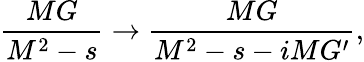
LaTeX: \frac{MG}{M^{2}-s}\rightarrow\frac{MG}{M^{2}-s-iMG^{\prime}},